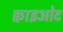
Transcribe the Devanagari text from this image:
क्वाइओट